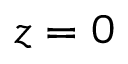
z = 0